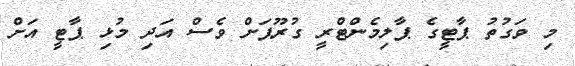
މި ވަގުތު ޕާޓީގެ ޕާލިމެންޓްރީ ގުރޫޕަށް ވެސް އަދި މުޅި ޕާޓީ އަށް